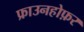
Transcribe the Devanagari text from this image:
फ्राउनहोफ़र